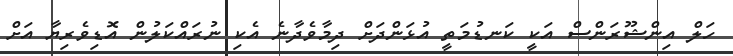
ހަލް އިންޝޫރަންސް އަކީ ކަނޑުމަތީ އުޅަންދަށް ދިމާވެދާނެ އެކި ނުރައްކަލުން އޮޑިވެރިޔާ އަށް